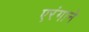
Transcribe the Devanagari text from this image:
एरंगाने